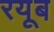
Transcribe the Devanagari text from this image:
रयूब